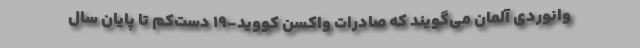
وانوردی آلمان می‌گویند که صادرات واکسن کووید-۱۹ دست‌کم تا پایان سال